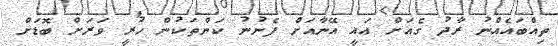
ތިއްބައެއްނު ރާދު ގެއަށް އައީ އޭނާއަށް ފެނުނު ކަންތަކުން ހުރީ ވަރަށް ބޮޑަށް